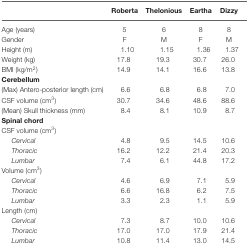
|  | Roberta | Thelonious | Eartha | Dizzy |
 | --- | --- | --- | --- | --- |
 | Age (years) | 5 | 6 | 8 | 8 |
 | Gender | F | M | F | M |
 | Height (m) | 1.10 | 1.15 | 1.36 | 1.37 |
 | Weight (kg) | 17.8 | 19.3 | 30.7 | 26.0 |
 | BMI (kg/m2) | 14.9 | 14.1 | 16.6 | 13.8 |
 | Cerebellum |
 | (Max) Antero-posterior length (cm) | 6.6 | 6.8 | 6.8 | 7.0 |
 | CSF volume (cm3) | 30.7 | 34.6 | 48.6 | 88.6 |
 | (Mean) Skull thickness (mm) | 8.4 | 8.1 | 10.9 | 8.7 |
 | Spinal chord |
 | CSF volume (cm3) |
 | Cervical | 4.8 | 9.5 | 14.5 | 10.6 |
 | Thoracic | 16.2 | 12.2 | 21.4 | 20.3 |
 | Lumbar | 7.4 | 6.1 | 44.8 | 17.2 |
 | Volume (cm3) |
 | Cervical | 4.6 | 6.9 | 7.1 | 5.9 |
 | Thoracic | 6.6 | 16.8 | 6.2 | 7.5 |
 | Lumbar | 3.3 | 2.3 | 1.1 | 5.9 |
 | Length (cm) |
 | Cervical | 7.3 | 8.7 | 10.0 | 10.6 |
 | Thoracic | 17.0 | 17.0 | 17.9 | 21.4 |
 | Lumbar | 10.8 | 11.4 | 13.0 | 14.5 |